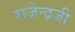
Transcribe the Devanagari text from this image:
राजेन्द्रजी